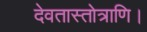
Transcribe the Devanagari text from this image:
देवतास्तोत्राणि।